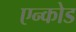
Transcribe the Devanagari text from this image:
एन्कोड